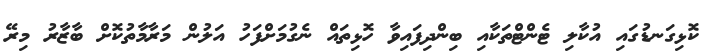
ކޮޅިގަނޑުގައި އުކާލި ޓެންޓްތަކާއި ބިންދިފައިވާ ހޮޅިތައް ނެގުމަށްފަހު އަލުން މަރާމާތުކޮށް ބާޒާރު މިރޭ